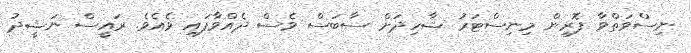
ނިސްވަތްވާ ފޮރިން މިނިސްޓަރު ޝާހިދަށް ސާބަސް ވެސް ދެއްވާފައި ވެއެވެ. ރައީސް ނަޝީދު